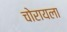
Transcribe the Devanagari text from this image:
चोरायला